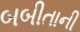
બબીતાની